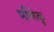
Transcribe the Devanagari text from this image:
मणिकू